Report on plague and inoculation in the Punjab from October 1st ... to September 30th..., being the ... season of plague in the province
Disease focus: Plague
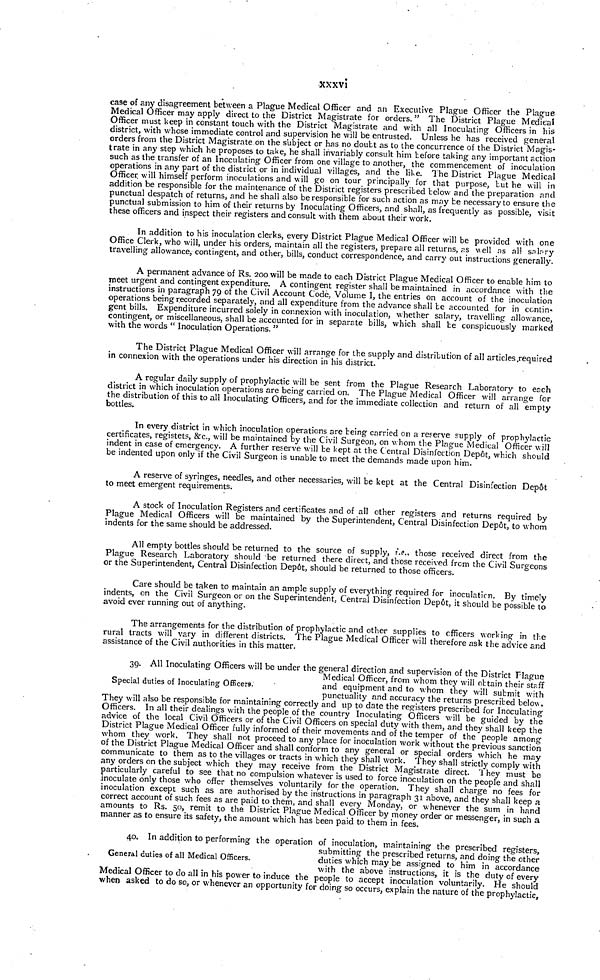
xxxvi
case of any disagreement between a Plague Medical Officer and an Executive Plague Officer the Plague
Medical Officer may apply direct to the District Magistrate for orders. " The District Plague Medical
Officer must keep in constant touch with the District Magistrate and with all Inoculating Officers in his
district, with whose immediate control and supervision he will be entrusted. Unless he has received general
orders from the District Magistrate on the subject or has no doubt as to the concurrence of the District Magis-
trate in any step which he proposes to take, he shall invariably consult him before taking any important action
such as the transfer of an Inoculating Officer from one village to another, the commencement of inoculation
operations in any part of the district or in individual villages, and the like. The District Plague Medical
Officer will himself perform inoculations and will go on tour principally for that purpose, but he will in
addition be responsible for the maintenance of the District registers prescribed below and the preparation and
punctual despatch of returns, and he shall also be responsible for such action as may be necessary to ensure the
punctual submission to him of their returns by Inoculating Officers, and shall, as frequently as possible, visit
these officers and inspect their registers and consult with them about their work.
In addition to his inoculation clerks, every District Plague Medical Officer will be provided with one
Office Clerk, who will, under his orders, maintain all the registers, prepare all returns, as well as all salary
travelling allowance, contingent, and other, bills, conduct correspondence, and carry out instructions generally.
A permanent advance of Rs. 200 will be made to each District Plague Medical Officer to enable him to
meet urgent and contingent expenditure. A contingent register shall be maintained in accordance with the
instructions in paragraph 79 of the Civil Account Code, Volume I, the entries on account of the inoculation
operations being recorded separately, and all expenditure from the advance shall be accounted for in contin-
gent bills. Expenditure incurred solely in connexion with inoculation, whether salary, travelling allowance,
contingent, or miscellaneous, shall be accounted for in separate bills, which shall be conspicuously marked
with the words " Inoculation Operations. "
The District Plague Medical Officer will arrange for the supply and distribution of all articles .required
in connexion with the operations under his direction in his district.
A regular daily supply of prophylactic will be sent from the Plague Research Laboratory to each
district in which inoculation operations are being carried on. The Plague Medical Officer will arrange for
the distribution of this to all Inoculating Officers, and for the immediate collection and return of all empty
bottles.
In every district in which inoculation operations are being carried on a reserve supply of prophylactic
certificates, registets, &c, will be maintained by the Civil Surgeon, on whom the Plague Medical Officer will
indent in case of emergency. A further reserve will be kept at the Central Disinfection Depot, which should
be indented upon only if the Civil Surgeon is unable to meet the demands made upon him.
A reserve of syringes, needles, and other necessaries, will be kept at the Central Disinfection Depot
to meet emergent requirements.
A stock of Inoculation Registers and certificates and of all other registers and returns required by
Plague Medical Officers will be maintained by the Superintendent, Central Disinfection Depot, to whom
indents for the same should be addressed.
All empty bottles should be returned to the source of supply, i.e.. those received direct from the
Plague Research Laboratory should be returned there direct, and those received from the Civil Surgeons
or the Superintendent, Central Disinfection Depot, should be returned to those officers.
Care should be taken to maintain an ample supply of everything required for inoculation. By timely
indents, on the Civil Surgeon or on the Superintendent, Central Disinfection Depot, it should be possible to
avoid ever running out of anything.
The arrangements for the distribution of prophylactic and other supplies to officers working in the
rural tracts will vary in different districts. The Plague Medical Officer will therefore ask the advice and
assistance of the Civil authorities in this matter.
Special duties of Inoculating Officers.
39. All Inoculating Officers will be under the general direction and supervision of the District Hague
Medical Officer, from whom they will obtain their staff
and equipment and to whom they will submit with
punctuality and accuracy the returns prescribed below,
They will also be responsible for maintaining correctly and up to date the registers prescribed for Inoculating
Officers. In all their dealings with the people of the country Inoculating Officers will be guided by the
advice of the local Civil Officers or of the Civil Officers on special duty with them, and they shall keep the
District Plague Medical Officer fully informed of their movements and of the temper of the people among-
whom they work. They shall not proceed to any place for inoculation work without the previous sanction
of the District Plague Medical Officer and shall conform to any general or special orders which he may
communicate to them as to the villages or tracts in which they shall work. They shall strictly comply with
any orders on the subject which they may receive from the District Magistrate direct. '1 hey must be
particularly careful to see that no compulsion whatever is used to force inoculation on the people and shall
inoculate only those who offer themselves voluntarily for the operation. They shall charge no fees for
inoculation except such as are authorised by the instructions in paragraph 31 above, and they shall keep a
correct account of such fees as are paid, to them, and shall every Monday, or whenever the sum in hand
amounts to Rs. 50, remit to the District Plague Medical Officer by money order or messenger, in such a
manner as to ensure its safety, the amount which has been paid to them in fees.
General duties of all Medical Officers.
40. In addition to performing the operation of inoculation, maintaining the prescribed registers,
submitting the prescribed returns, and doing the other
duties which may be assigned to him in accordance
with the above instructions, it is the duty of every
Medical Officer to do all in his power to induce the people to accept inoculation voluntarily. He should
when asked to do so, or whenever an opportunity for doing so occurs, explain the nature of the prophylactic,